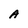
Character: A